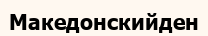
Македонскийден